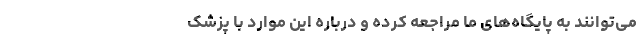
می‌توانند به پایگاه‌های ما مراجعه کرده و درباره این موارد با پزشک